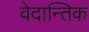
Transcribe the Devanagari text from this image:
वेदान्तिक